Report of the Municipal Commissioner on the plague in Bombay for the year ending 31st May... - Volume 2
Disease focus: Plague
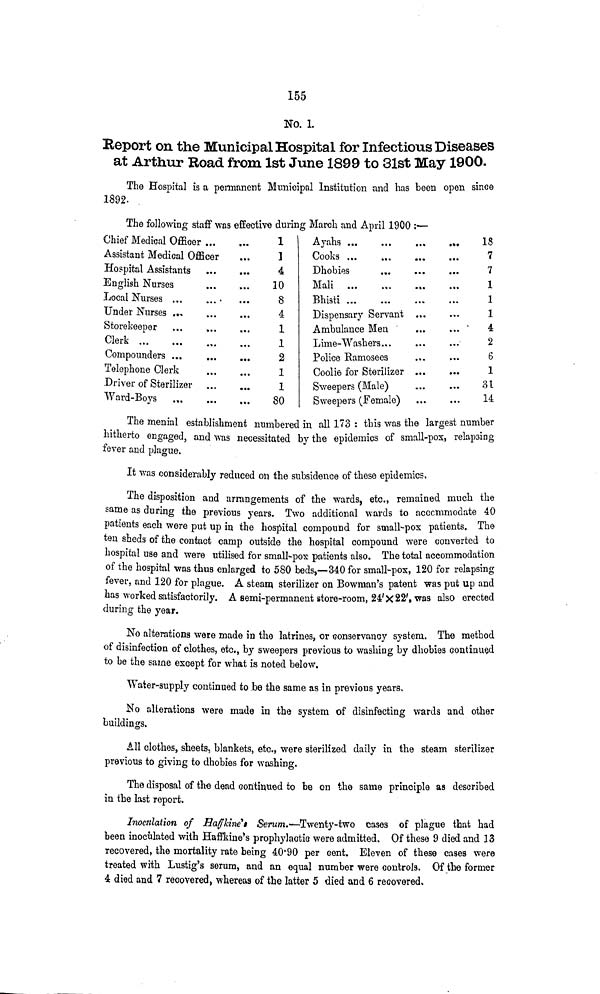
155
No. 1.
Beport on the Municipal Hospital for Infectious Diseases
at Arthur Road from 1st June 1899 to 31st May 1900.
The Hospital is a permanent Municipal Institution and has been open since
1892.
The following staff was effective during March and April 1900 ;—
Chief Medical Officer
Assistant Medical Officer
Hospital Assistants
English Nurses
Local Nurses ...
....
Under Nurses ..,
Oi
1
•storekeeper
Clerk
Compounders ...
Telephone Clerk
.Driver of Sterilizer
Ward-Boys
1
3
4
10
8
4
1
1
2
1
1
80
Ayahs
Dhobies
Mali
Bhisti
Dispensary Servant ...
Ambulance Men
Lime-Washers
Police Ramosees
...
Coolie for Sterilizer ...
Sweepers (Male)
Sweepers (Female)
18
7
7
1
1
1
4
2
6
1
3t
14
The menial establishment numbered in all 173 : this was the largest number
hitherto engaged, and was necessitated by the epidemics of small-pox, relapsing
fever and plague.
It was considerably reduced on the subsidence of these epidemics*
The disposition and arrangements of the wards, etc., remained much the
same as during the previous years. Two additional wards to accommodate 40
patients each were put up in the hospital compouDd for small-pox patients. The
ten sheds of the contact camp outside the hospital compound were converted to
hospital use and were utilised for small-pox patients also. The total accommodation
of the hospital was thus enlarged to 580 beds,—340 for small-pox, 120 for relapsing
fever, and 120 for plague. A steam sterilizer on Bowman's patent was put up and
has worked satisfactorily. A semi-permanent store-room, 24'X 22', was also erected
during the year.
No alterations were made in the latrines, or conservancy system. The method
of disinfection of clothes, etc., by sweepers previous to washing by dhobies continued
to be the same except for what is noted below.
Water-supply continued to be the same as in previous years.
No alterations were made in the system of disinfecting wards and other
buildings.
All clothes, sheets, blankets, etc., were sterilized daily in the steam sterilizer
previous to giving to dhobies for washing.
The disposal of the dead continued to be on the same principle as described
in the last report.
Inoculation of Raffkine't Serum.*-Twenty-two cases of plague that had
been inoculated with Haffkine's prophylactic were admitted. Of these 9 died and 13
recovered, the mortality rate being 40'90 per cent. Eleven of these cases were
treated with Lustig's serum, and an equal number were controls. Of the former
4 died and 7 recovered, whereas of the latter 5 died and 6 recovered,